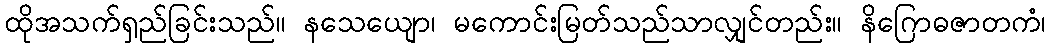
ထိုအသက်ရှည်ခြင်းသည်။ နသေယျော၊ မကောင်းမြတ်သည်သာလျှင်တည်း။ နိဂြောဓဇာတကံ၊